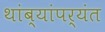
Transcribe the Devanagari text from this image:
थांब्यांपर्यंत